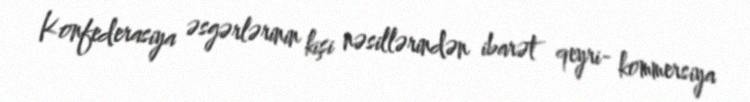
Konfederasiya əsgərlərinin kişi nəsillərindən ibarət qeyri- kommersiya